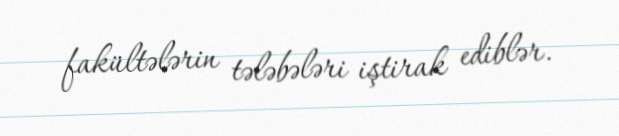
fakültələrin tələbələri iştirak ediblər.